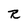
Character: R